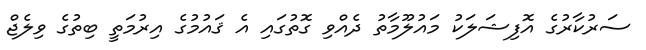
ސަރުކާރުގެ އޮފިޝަލަކު މައުލޫމާތު ދެއްވި ގޮތުގައި އެ ޤައުމުގެ އިރުމަތީ ބިތުގެ ވިލެޖް